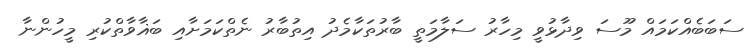
ސަބަބެއްކަމައް މޫސަ ވިދާޅުވީ މިހާރު ސަލާމަތީ ބާރުތަކާމެދު އިތުބާރު ނެތްކަމަށާއި ބަޣާވާތްކުރި މީހުންނާ